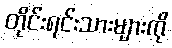
တိုင်းရင်းသားများကို